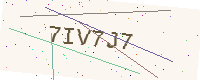
Text: 7IV7J7